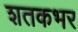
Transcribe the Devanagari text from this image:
शतकभर